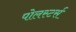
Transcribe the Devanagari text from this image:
पोलस्टर्स